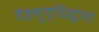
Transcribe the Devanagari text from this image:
देहशुद्धिद्वारा